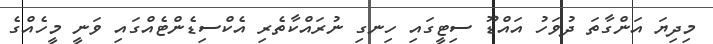
މިދިޔަ އަންގާތަ ދުވަހު އައްޑޫ ސިޓީގައި ހިނގި ނުރައްކާތެރި އެކްސިޑެންޓެއްގައި ވަނީ މީހެއްގެ